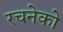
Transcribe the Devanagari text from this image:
रचनेको